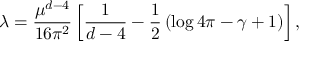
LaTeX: \lambda = \frac { \mu ^ { d - 4 } } { 1 6 \pi ^ { 2 } } \left[ \frac { 1 } { d - 4 } - \frac { 1 } { 2 } \left( \log 4 \pi - \gamma + 1 \right) \right] ,